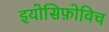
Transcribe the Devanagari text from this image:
इयोसिफ़ोविच